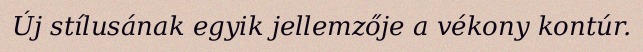
Új stílusának egyik jellemzője a vékony kontúr.